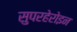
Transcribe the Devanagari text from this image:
सुपरहेरोइन